画像に写った文字を読んでください
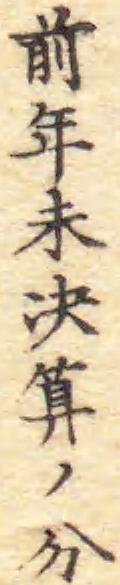
「前年未决算ノ分」と書いてあります